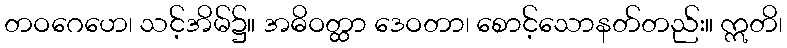
တဝဂေဟေ၊ သင့်အိမ်၌။ အဓိဝတ္ထာ ဒေဝတာ၊ စောင့်သောနတ်တည်း။ ဣတိ၊